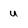
Character: u